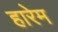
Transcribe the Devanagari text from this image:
हारेम